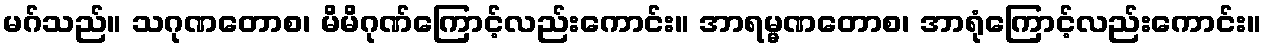
မဂ်သည်။ သဂုဏတောစ၊ မိမိဂုဏ်ကြောင့်လည်းကောင်း။ အာရမ္မဏတောစ၊ အာရုံကြောင့်လည်းကောင်း။